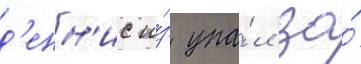
д'енн'ис и́з упа́л за́